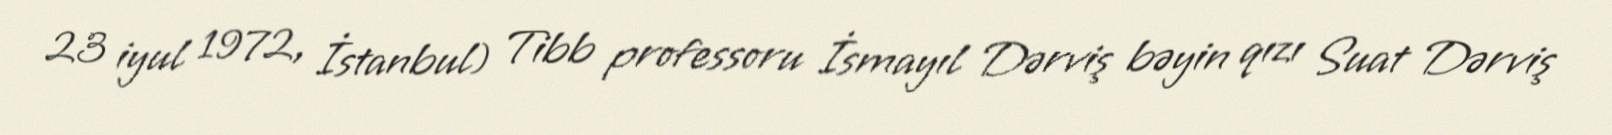
23 iyul 1972, İstanbul) Tibb professoru İsmayıl Dərviş bəyin qızı Suat Dərviş